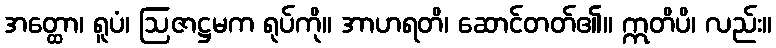
အတ္ထော၊ ရူပံ၊ ဩဇာဋ္ဌမက ရုပ်ကို။ အာဟရတိ၊ ဆောင်တတ်၏။ ဣတိပိ၊ လည်း။